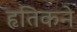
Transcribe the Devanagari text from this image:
हृतिकने